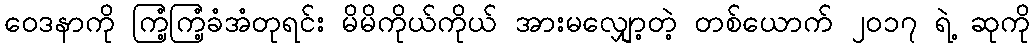
ဝေဒနာကို ကြံ့ကြံ့ခံအံတုရင်း မိမိကိုယ်ကိုယ် အားမလျှော့တဲ့ တစ်ယောက် ၂၀၁၇ ရဲ့ ဆုကို